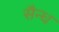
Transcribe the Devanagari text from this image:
सैन्ध